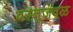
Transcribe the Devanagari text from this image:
वस्तूजवळ